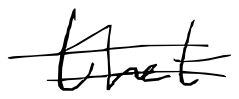
Text: that
Cross-out: double-line
Writing tool: digital_black